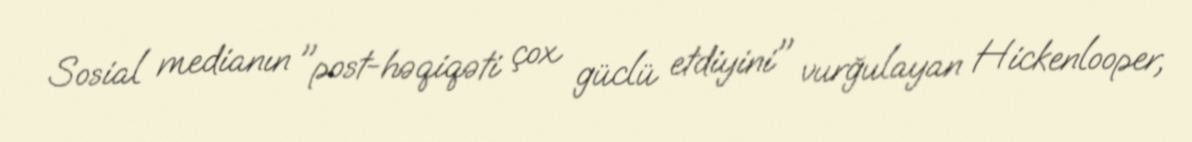
Sosial medianın "post-həqiqəti çox güclü etdiyini" vurğulayan Hickenlooper,